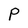
Character: P